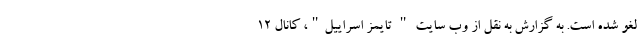
لغو شده است. به گزارش به نقل از وب سایت " تایمز اسراییل"، کانال 12